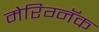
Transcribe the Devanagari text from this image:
मेरिग्नॅक